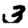
Digit: 3